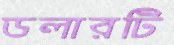
ডলারটি